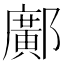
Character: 鄺